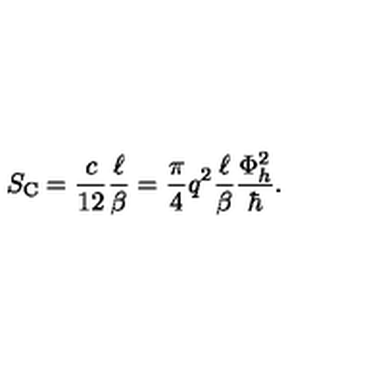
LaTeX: S _ { \mathrm { \scriptsize C } } = \frac { c } { 1 2 } \frac { \ell } { \beta } = \frac { \pi } { 4 } q ^ { 2 } \frac { \ell } { \beta } \frac { \Phi _ { h } ^ { 2 } } { \hbar } .